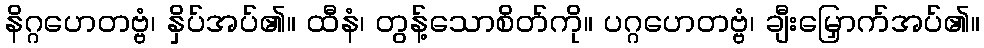
နိဂ္ဂဟေတဗ္ဗံ၊ နှိပ်အပ်၏။ ထီနံ၊ တွန့်သောစိတ်ကို။ ပဂ္ဂဟေတဗ္ဗံ၊ ချီးမြှောက်အပ်၏။